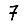
Digit: 7